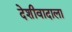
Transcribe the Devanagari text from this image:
देशीवादाला